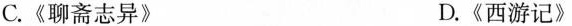
C.《聊斋志异》 D.《西游记》